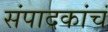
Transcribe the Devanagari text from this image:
संपादकांचं